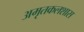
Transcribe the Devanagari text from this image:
अमृतकलशास